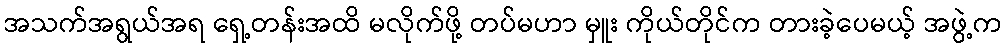
အသက်အရွယ်အရ ရှေ့တန်းအထိ မလိုက်ဖို့ တပ်မဟာ မှူး ကိုယ်တိုင်က တားခဲ့ပေမယ့် အဖွဲ့က